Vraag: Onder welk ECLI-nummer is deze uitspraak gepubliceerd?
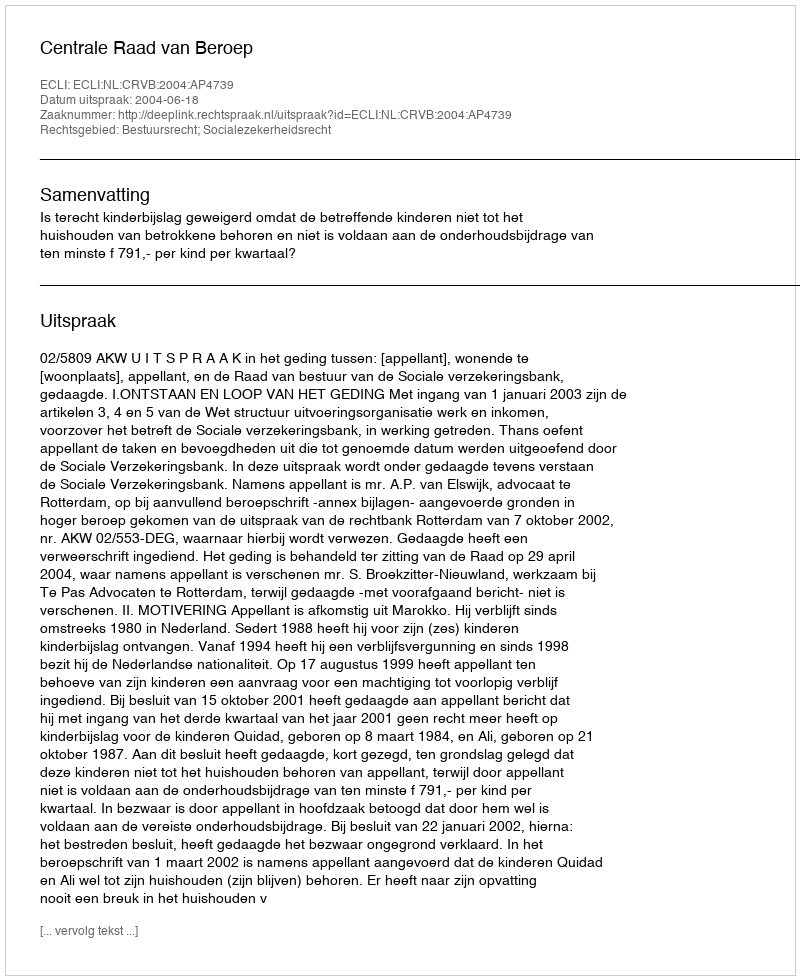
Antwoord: ECLI:NL:CRVB:2004:AP4739